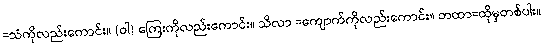
=သံကိုလည်းကောင်း။ (ဝါ) ကြေးကိုလည်းကောင်း။ သိလာ =ကျောက်ကိုလည်းကောင်း။ တထာ=ထိုမှတစ်ပါး။